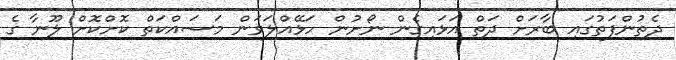
ދެތުންފަތުގައި ބާރަށް ދަތް އަޅައިގެން ނޯށުން ހަޅޭއްލަވަން މަސައްކަތް ކޮށްކޮށް ލޫނާ ގެ